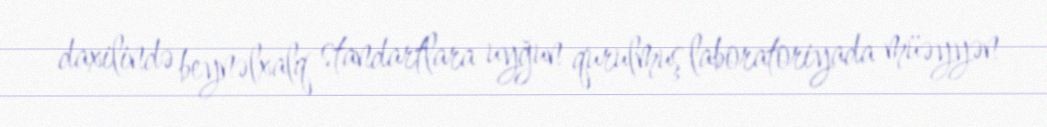
daxilində beynəlxalq standartlara uyğun qurulmuş laboratoriyada müəyyən